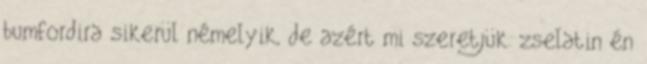
bumfordira sikerül némelyik, de azért mi szeretjük. zselatin én